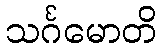
သင်္ဂမောတိ